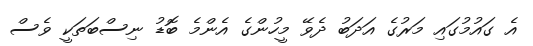
އެ ގައުމުގައި މަރުގެ އަދަބު ދެވޭ މީހުންގެ އެންމެ ބޮޑު ނިސްބަތަކީ ވެސް